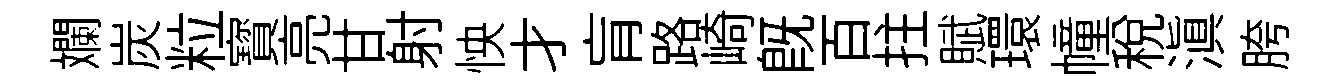
斕炭粒寳亮甘射怏才肓路崎旣百拄賦環幢稅滇胯